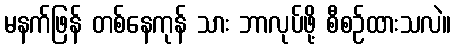
မနက်ဖြန် တစ်နေကုန် သား ဘာလုပ်ဖို့ စီစဉ်ထားသလဲ။